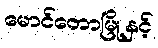
မောင်တောမြို့နှင့်